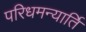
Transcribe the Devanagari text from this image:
परिधमन्यार्ति